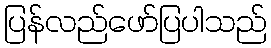
ပြန်လည်ဖော်ပြပါသည်